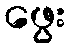
ဖွေး